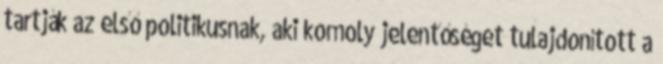
tartják az első politikusnak, aki komoly jelentőséget tulajdonított a